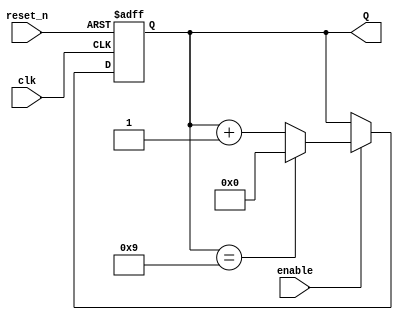
module mod_counter_parameter
    #(parameter FINAL_VALUE = 9)(
    input clk,
    input reset_n,
    input enable,
    output [BITS - 1:0] Q
    );

    localparam BITS  = $clog2(FINAL_VALUE);
  
    reg [BITS - 1: 0] Q_reg, Q_next;
    wire done;

    always @(posedge clk, negedge reset_n)
        begin
          if (~reset_n)
            Q_reg <= 1'b0;
          else if(enable)
            Q_reg <= Q_next;
          else
            Q_reg <= Q_reg;
        end
  
    assign done = Q_reg == FINAL_VALUE;
    //next state logic
    always @(*)
        Q_next <= done?1'b0:Q_reg + 1;
    //output logic
    assign Q = Q_reg;
endmodule